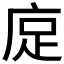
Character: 𫷭